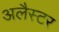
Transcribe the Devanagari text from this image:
अलैस्टर